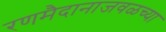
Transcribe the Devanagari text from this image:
रणमैदानाजवळच्या